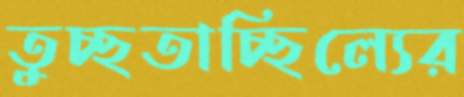
তুচ্ছতাচ্ছিল্যের